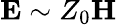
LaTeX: \textbf{E}\sim Z_{0}\textbf{H}